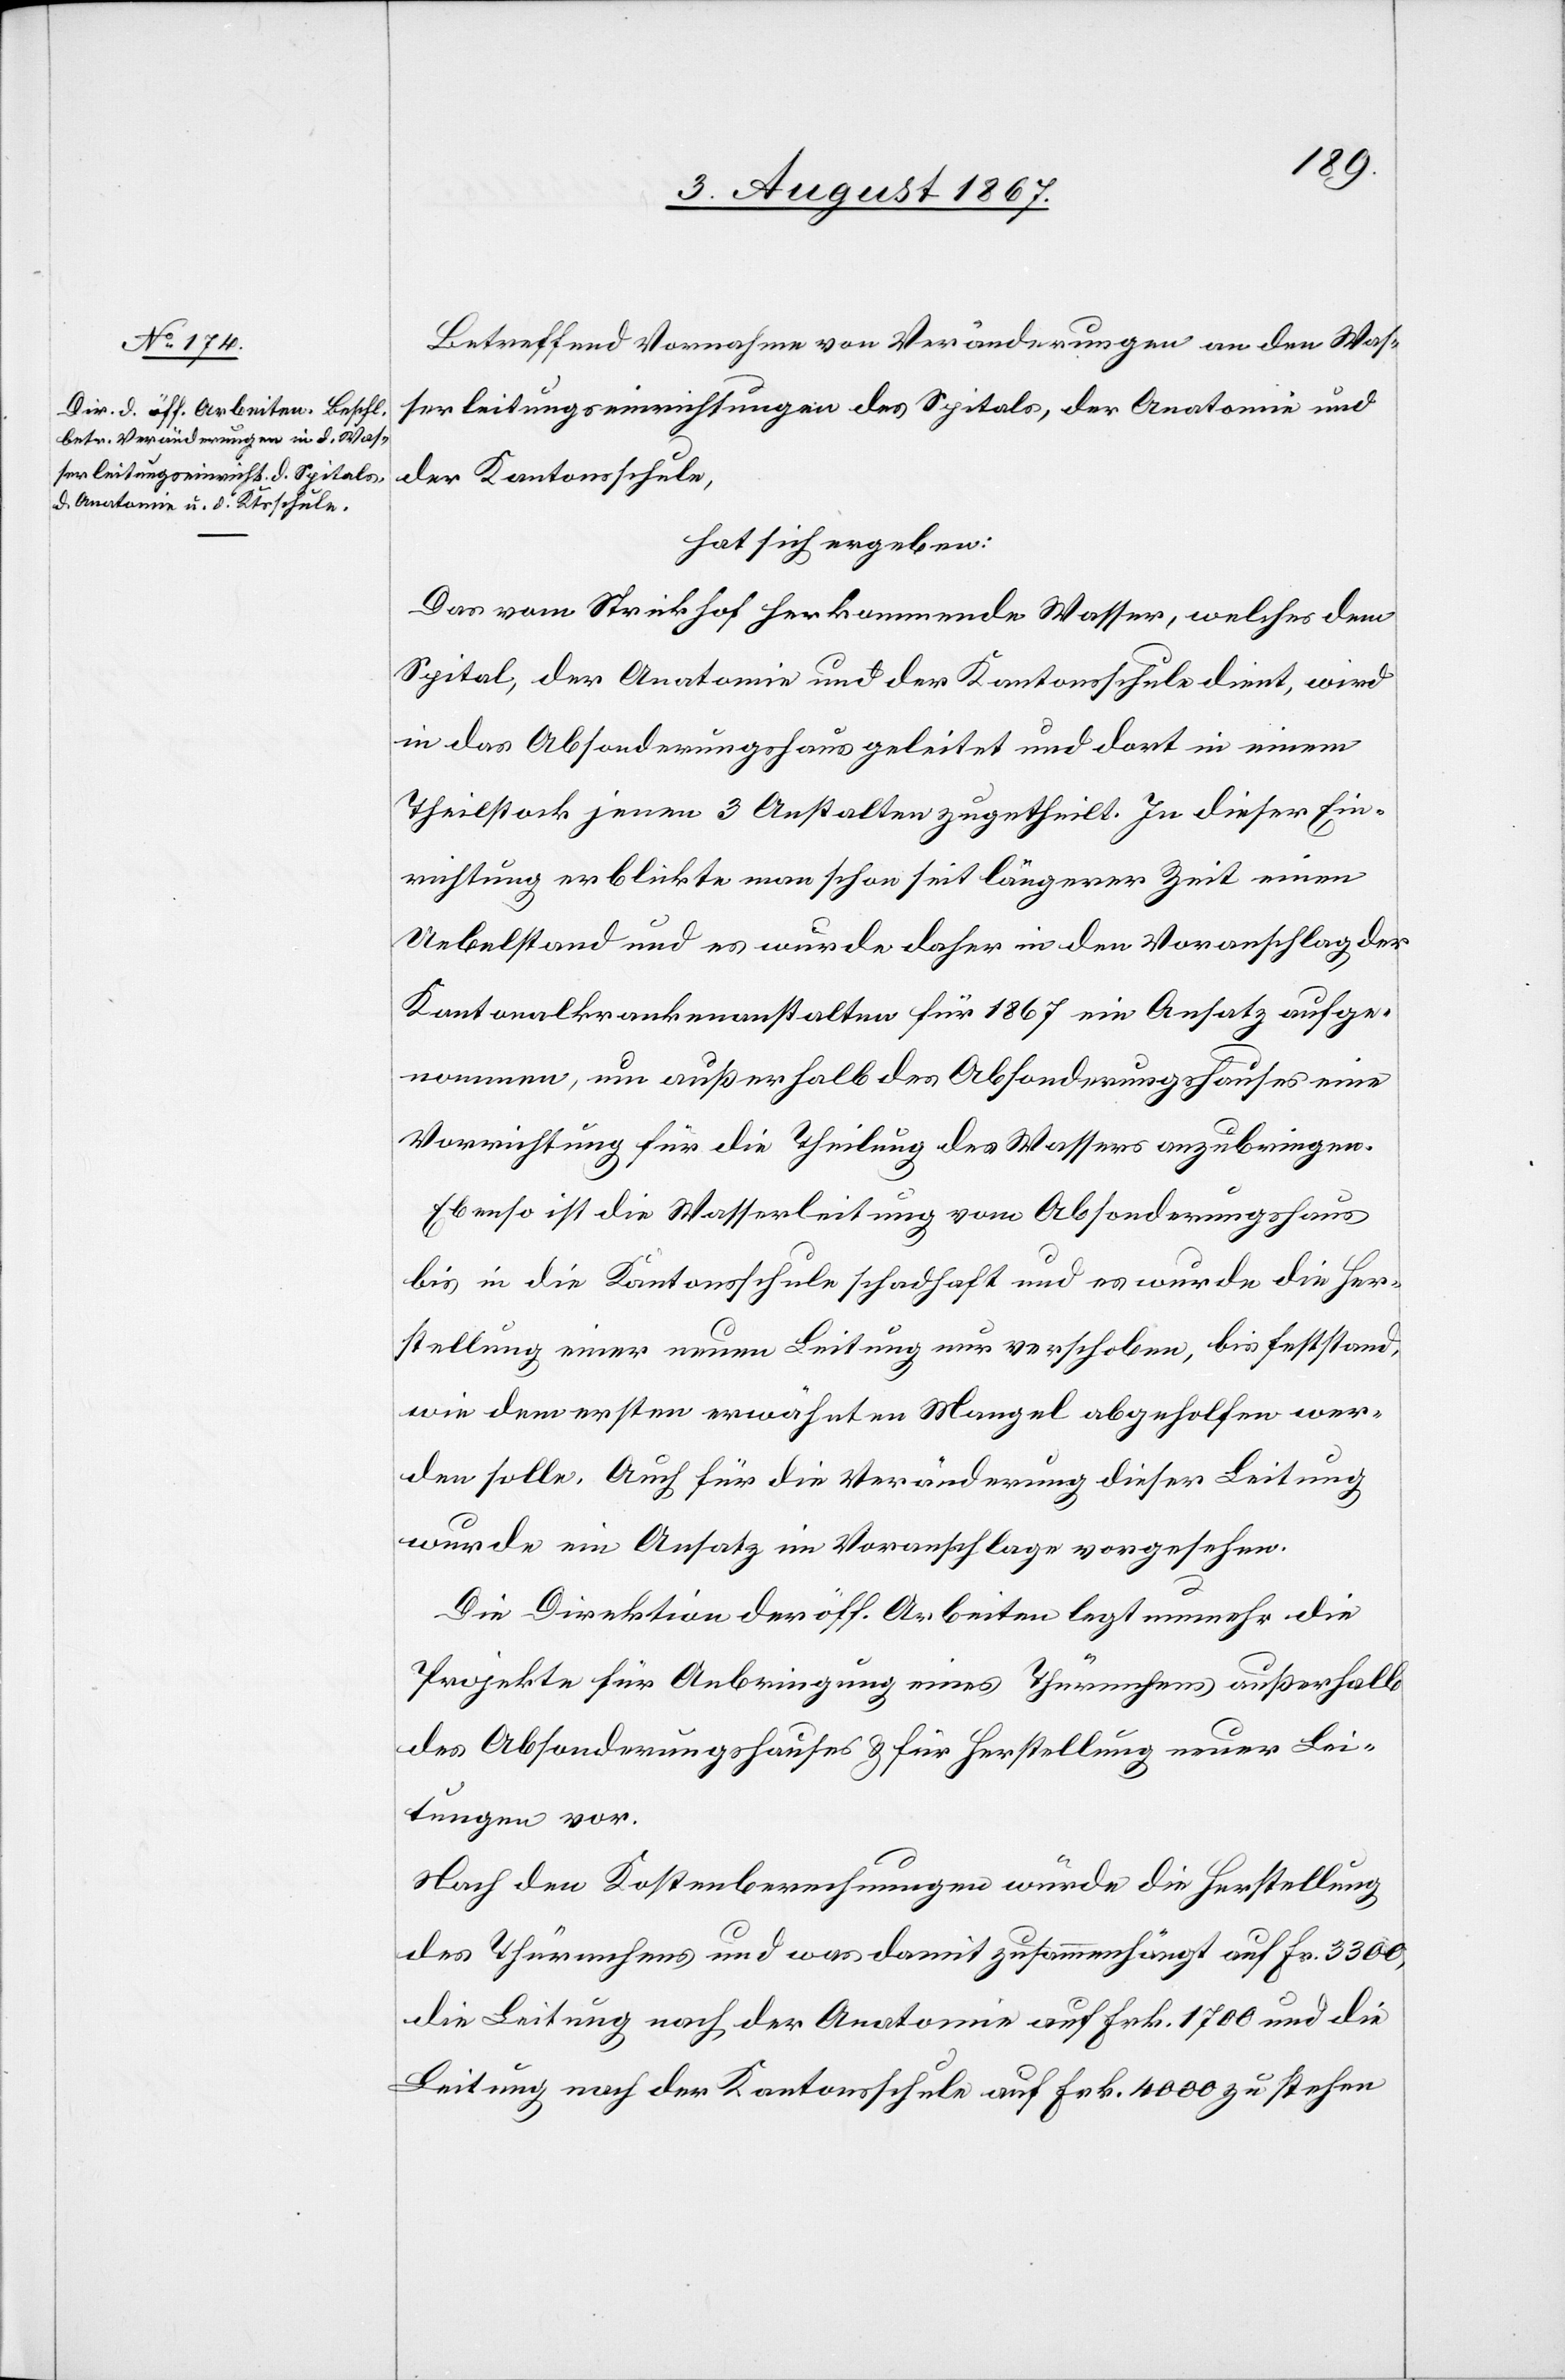
Betreffend Vornahme von Veränderungen an den Was¬
serleitungseinrichtungen des Spitals, der Anatomie und
der Kantonsschule,
hat sich ergeben:
Das vom Strickhof herkommende Wasser, welches dem
Spital, der Anatomie und der Kantonsschule dient, wird
in das Absonderungshaus geleitet und dort in einem
Theilstock jenen 3 Anstalten zugetheilt. In dieser Ein¬
richtung erblickte man schon seit längerer Zeit einen
Uebelstand und es wurde daher in den Voranschlag der
Kantonalkrankenanstalten für 1867 ein Ansatz aufge¬
nommen, um außerhalb des Absonderungshauses eine
Vorrichtung für die Theilung des Wassers anzubringen.
Ebenso ist die Wasserleitung vom Absonderungshaus
bis in die Kantonsschule schadhaft und es wurde die Her¬
stellung einer neuen Leitung nur verschoben, bis feststand,
wie dem ersten erwähnten Mangel abgeholfen wer¬
den solle. Auch für die Veränderung dieser Leitung
wurde ein Ansatz im Voranschlage vorgesehen.
Die Direktion der öff. Arbeiten legt nunmehr die
Projekte für Anbringung eines Thürmchens außerhalb
des Absonderungshauses u. für Herstellung neuer Lei¬
tungen vor.
Nach den Kostenberechnungen würde die Herstellung
des Thürmchens und was damit zusammenhängt auf Fr. 3300,
die Leitung nach der Anatomie auf Frk. 1700 und die
Leitung nach der Kantonsschule auf Frk. 400 zu stehen